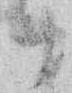
十